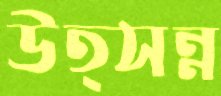
উত্সন্ন